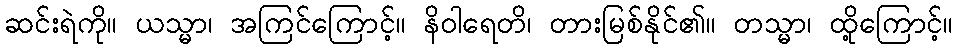
ဆင်းရဲကို။ ယသ္မာ၊ အကြင်ကြောင့်။ နိဝါရေတိ၊ တားမြစ်နိုင်၏။ တသ္မာ၊ ထို့ကြောင့်။